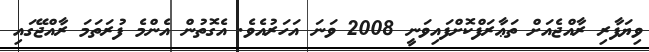
ވިޔަފާރި ރާއްޖެއަށް ތަޢާރަފްކޮށްފައިވަނީ 2008 ވަނަ އަހަރުއެވެ. އެގޮތުން އެންމެ ފުރަތަމަ ރާއްޖޭގައި